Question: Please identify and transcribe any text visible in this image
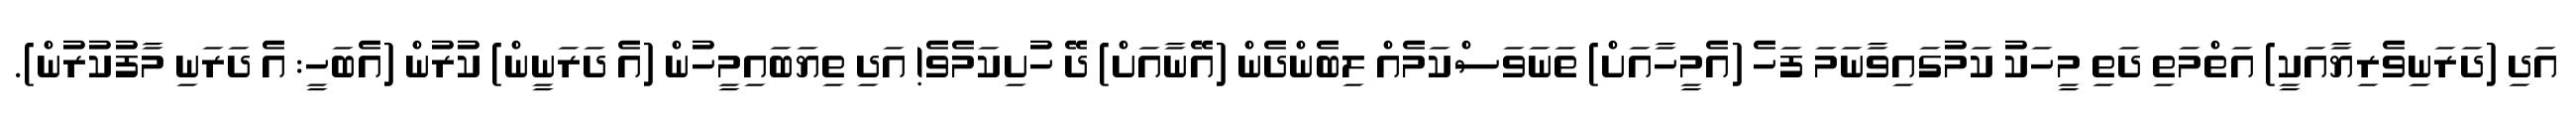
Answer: އަދި (ދަރަނިވެރިޔާއަކީ) އަތްމަތި ދަތި މީހަކު ކަމުގައިވާނަމަ ފަހެ (އެމީހާއަށް) ތަނަވަސްކަމެއް ލިބެންދެން (އޭނާއަށް) ދޭ ހުށިކަމެވެ! އަދި ތިޔަބައިމީހުން (އެ ދަރަނީން) ކުރުން (އެބަހީ: އެ ދަރަނި މާފުކުރުން).